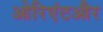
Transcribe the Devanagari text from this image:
ओरिएंटऔर